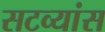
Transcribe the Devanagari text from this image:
सटव्यांस